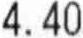
4.40